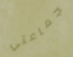
جماعتي